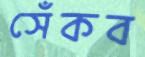
সেঁকব